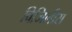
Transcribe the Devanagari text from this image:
विजिलीस